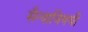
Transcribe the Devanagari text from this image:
सैन्याविषयी